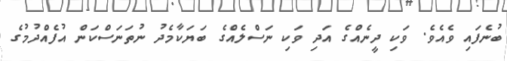
ބުނެފައި ވެއެވެ. ވަކި ދީނެއްގެ އަދި ވަކި ނަސްލެއްގެ ބަޔަކާމެދު ނުތަނަސްކަން އުފެއްދުމުގެ